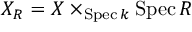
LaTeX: X _ { R } = X \times _ { \operatorname { S p e c } k } \operatorname { S p e c } R